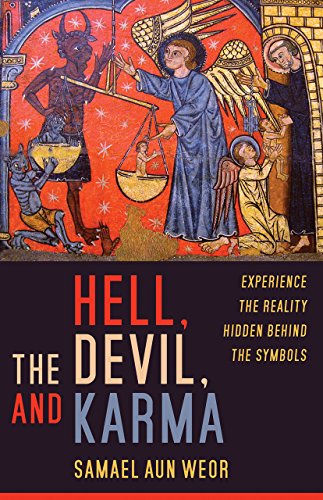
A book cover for Hell, the Devil, and Karma: Experiences of the Reality Hidden Behind the Symbols; Samael Aun Weor; Religion & Spirituality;